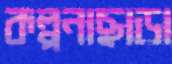
কল্পনাছাড়া